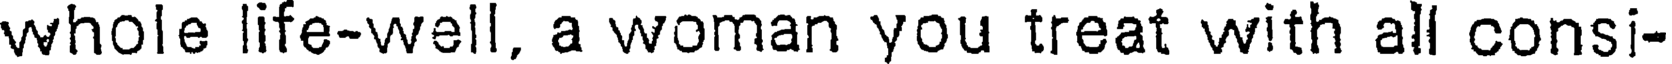
whole life-well, a woman you treat with all consi-